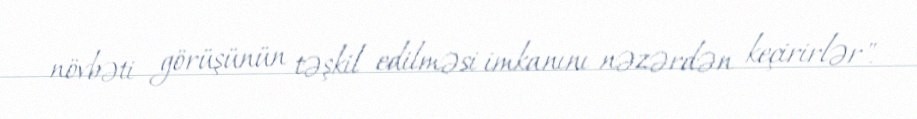
növbəti görüşünün təşkil edilməsi imkanını nəzərdən keçirirlər".